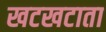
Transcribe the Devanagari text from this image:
खटखटाता